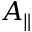
A _ { \parallel }